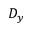
D _ { y }